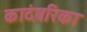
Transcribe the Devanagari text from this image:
कादंबरिका